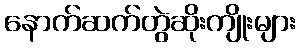
နောက်ဆက်တွဲဆိုးကျိုးများ